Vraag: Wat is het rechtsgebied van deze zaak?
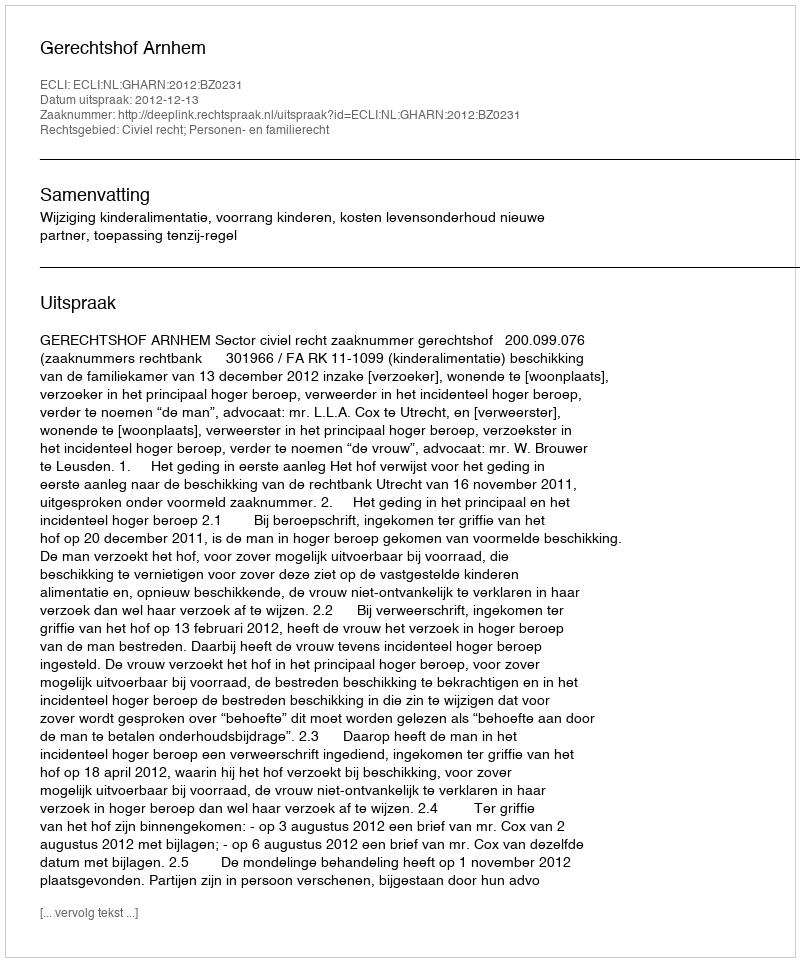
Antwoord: Civiel recht; Personen- en familierecht